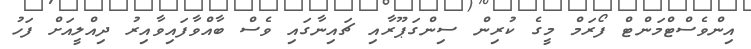
އިންވެސްޓްމަންޓް ފޯރަމް މީގެ ކުރިން ސިންގަޕޫރާއި ޗައިނާގައި ވެސް ބާއްވާފައިވާއިރު ދިއްލީއަށް ފަހު